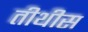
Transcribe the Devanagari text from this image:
तीथीस